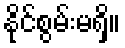
နိုင်စွမ်းမရှိ။